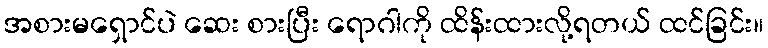
အစားမရှောင်ပဲ ဆေး စားပြီး ရောဂါကို ထိန်းထားလို့ရတယ် ထင်ခြင်း။